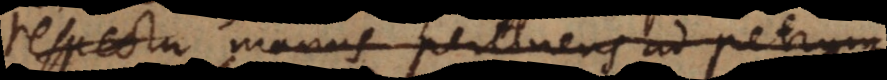
respectu manus pertinens ad Petrum